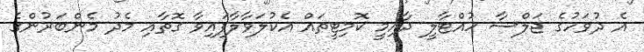
އެ ދުވަހުގެ ޖަލްސާ ހުއްޓާލީ ދާއިމީ ކޮމިޓީތައް އެކުލަވާލާފައިވާ ގޮތާއި މެދު މެންބަރުންގެ